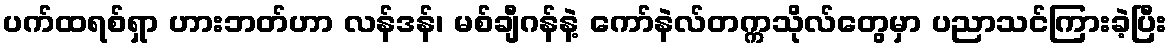
ပက်ထရစ်ရှာ ဟားဘတ်ဟာ လန်ဒန်၊ မစ်ချီဂန်နဲ့ ကော်နဲလ်တက္ကသိုလ်တွေမှာ ပညာသင်ကြားခဲ့ပြီး